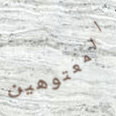
المعتوهين